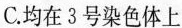
C.均在3号染色体上